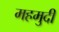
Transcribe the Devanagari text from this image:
महमुदी